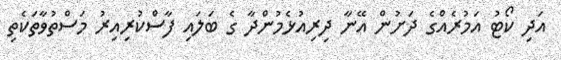
އަދި ކޯޓު އަމުރެއްގެ ދަށުން އޭނާ ދިރިއުޅެމުންދާ ގެ ބަލައި ފާސްކުރިއިރު މަސްތުވާތަކެތި